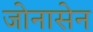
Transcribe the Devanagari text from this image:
जोनासेन